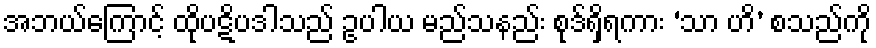
အဘယ်ကြောင့် ထိုပဋိပဒါသည် ဥပါယ မည်သနည်း စုဒ်ရှိရကား ‘သာ ဟိ’ စသည်ကို